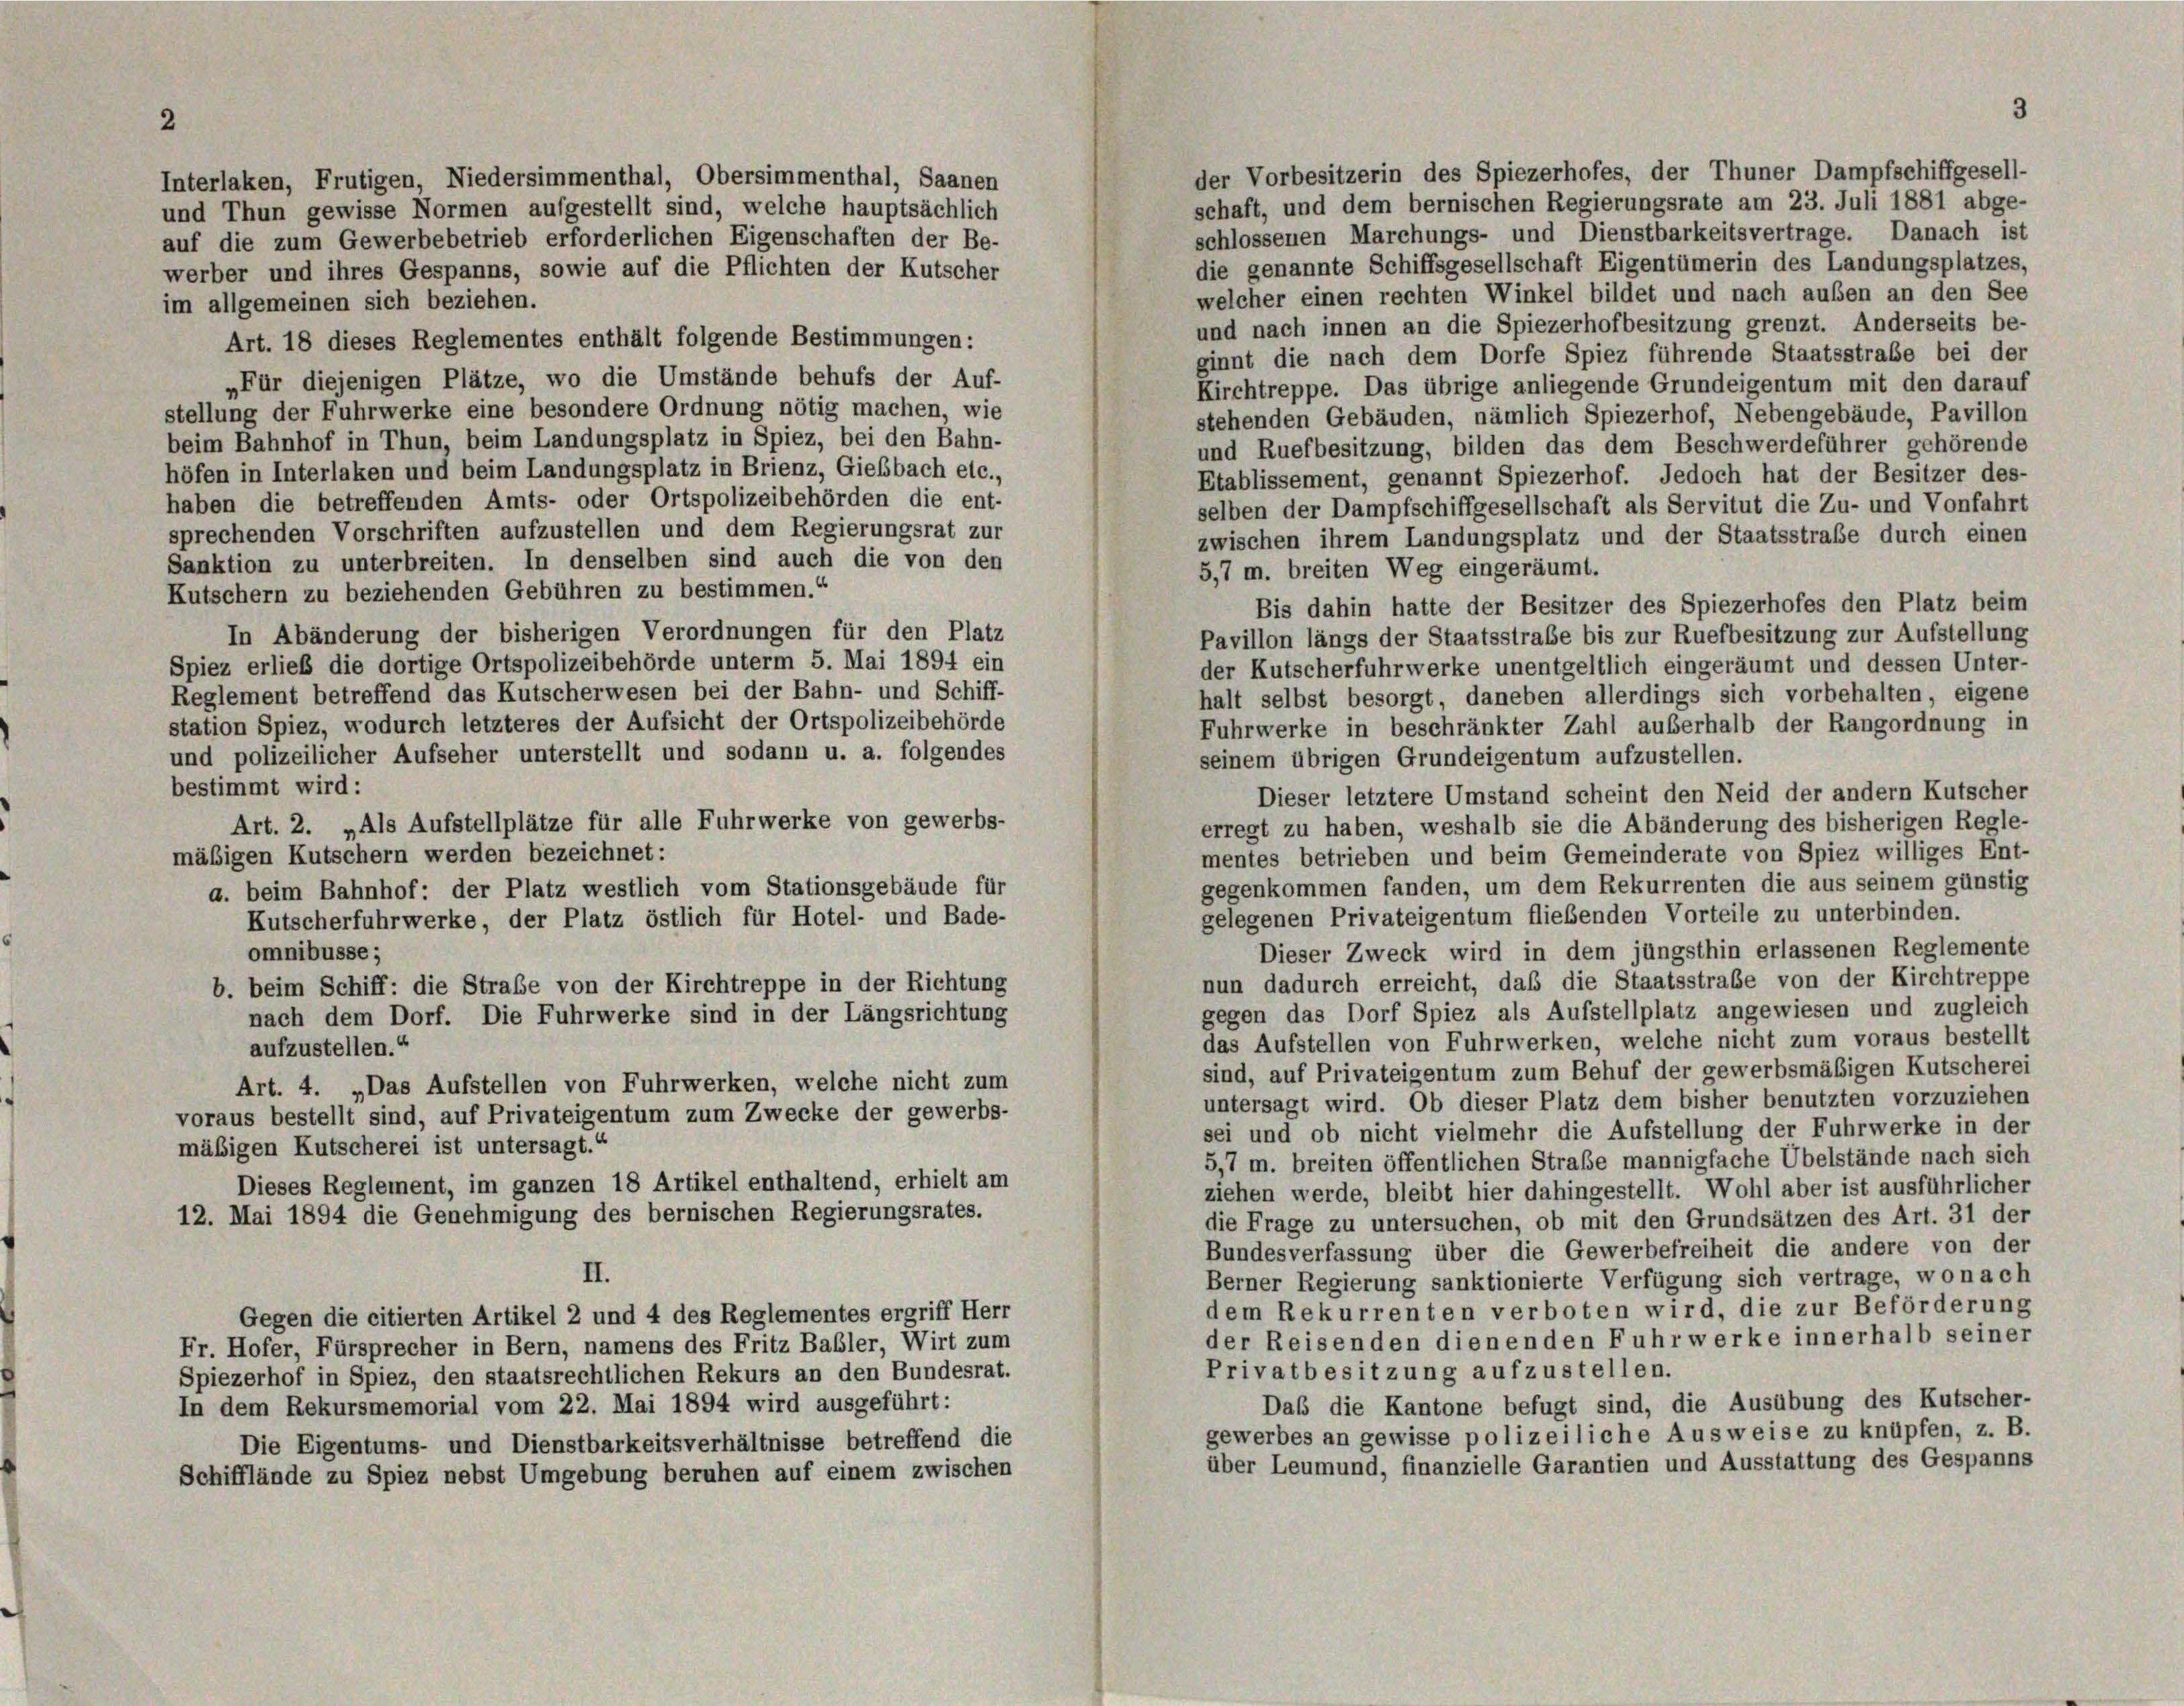
Interlaken, Frutigen, Niedersimmenthal, Obersimmenthal, Saanen

2

der Vorbesitzerin des Spiezerhofes, der Thuner Dampfschiffgesell-
schaft, und dem bernischen Regierungsrate am 23. Juli 1881 abge-
und Thun gewisse Normen aufgestellt sind, welche hauptsächlich
schlossenen Marchungs- und Dienstbarkeitsvertrage. Danach ist
auf die zum Gewerbebetrieb erforderlichen Eigenschaften der Be-
die genannte Schiffsgesellschaft Eigentümerin des Landungsplatzes,
werber und ihres Gespanns, sowie auf die Pflichten der Kutscher
welcher einen rechten Winkel bildet und nach außen an den See
im allgemeinen sich beziehen.
und nach innen an die Spiezerhofbesitzung grenzt. Anderseits be-
Art. 18 dieses Reglementes enthält folgende Bestimmungen:
ginnt die nach dem Dorfe Spiez führende Staatsstrabe bei der
„Für diejenigen Plätze, wo die Umstände behufs der Auf-
Kirchtreppe. Das übrige anliegende Grundeigentum mit den darauf
stellung der Fuhrwerke eine besondere Ordnung nötig machen, wie
stehenden Gebäuden, nämlich Spiezerhof, Nebengebäude, Pavillon
beim Bahnhof in Thun, beim Landungsplatz in Spiez, bei den Bahn-
und Ruefbesitzung, bilden das dem Beschwerdeführer gehörende
höfen in Interlaken und beim Landungsplatz in Brienz, Giebbach etc.,
Etablissement, genannt Spiezerhof. Jedoch hat der Besitzer des-
haben die betreffenden Amts- oder Ortspolizeibehörden die ent-
selben der Dampfschiffgesellschaft als Servitut die Zu- und Vonfahrt
sprechenden Vorschriften aufzustellen und dem Regierungsrat zur
zwischen ihrem Landungsplatz und der Staatsstraße durch einen
Sanktion zu unterbreiten. In denselben sind auch die von den
5,7 m. breiten Weg eingeräumt.
Kutschern zu beziehenden Gebühren zu bestimmen.“
Bis dahin hatte der Besitzer des Spiezerhofes den Platz beim
In Abänderung der bisherigen Verordnungen für den Platz
Pavillon längs der Staatsstraße bis zur Ruefbesitzung zur Aufstellung
Spiez erlieb die dortige Ortspolizeibehörde unterm 5. Mai 1894 ein
der Kutscherfuhrwerke unentgeltlich eingeräumt und dessen Unter-
Reglement betreffend das Kutscherwesen bei der Bahn- und Schiff-
halt selbst besorgt, daneben allerdings sich vorbehalten, eigene
station Spiez, wodurch letzteres der Aufsicht der Ortspolizeibehörde
Fuhrwerke in beschränkter Zahl außerhalb der Rangordnung in
und polizeilicher Aufseher unterstellt und sodann u. a. folgendes
seinem übrigen Grundeigentum aufzustellen.
bestimmt wird:
Dieser letztere Umstand scheint den Neid der andern Kutscher
Art. 2. „Als Aufstellplätze für alle Fuhrwerke von gewerbs-
erregt zu haben, weshalb sie die Abänderung des bisherigen Regle-
mäßigen Kutschern werden bezeichnet:
mentes betrieben und beim Gemeinderate von Spiez williges Ent-
gegenkommen fanden, um dem Rekurrenten die aus seinem günstig
a. beim Bahnhof: der Platz westlich vom Stationsgebäude für
gelegenen Privateigentum fließenden Vorteile zu unterbinden.
Kutscherfuhrwerke, der Platz östlich für Hotel- und Bade-
Dieser Zweck wird in dem jüngsthin erlassenen Reglemente
omnibusse;
nun dadurch erreicht, daß die Staatsstrabe von der Kirchtreppe
b. beim Schiff: die Straße von der Kirchtreppe in der Richtung
gegen das Dorf Spiez als Aufstellplatz angewiesen und zugleich
nach dem Dorf. Die Fuhrwerke sind in der Längsrichtung
das Aufstellen von Fuhrwerken, welche nicht zum voraus bestellt
aufzustellen.“
sind, auf Privateigentum zum Behuf der gewerbsmäßigen Kutscherei
Art. 4. „Das Aufstellen von Fuhrwerken, welche nicht zum
untersagt wird. Ob dieser Platz dem bisher benutzten vorzuziehen
voraus bestellt sind, auf Privateigentum zum Zwecke der gewerbs-
sei und ob nicht vielmehr die Aufstellung der Fuhrwerke in der
mäßigen Kutscherei ist untersagt.“
5,7 m. breiten öffentlichen Straße mannigfache Übelstände nach sich
Dieses Reglement, im ganzen 18 Artikel enthaltend, erhielt am
ziehen werde, bleibt hier dahingestellt. Wohl aber ist ausführlicher
12. Mai 1894 die Genehmigung des bernischen Regierungsrates.
die Frage zu untersuchen, ob mit den Grundsätzen des Art. 31 der
Bundesverfassung über die Gewerbefreiheit die andere von der
II.
Berner Regierung sanktionierte Verfügung sich vertrage, wonach
dem Rekurrenten verboten wird, die zur Beförderung
Gegen die citierten Artikel 2 und 4 des Reglementes ergriff Herr
der Reisenden dienenden Fuhrwerke innerhalb seiner
Fr. Hofer, Fürsprecher in Bern, namens des Fritz Babler, Wirt zum
Privatbesitzung aufzustellen.
Spiezerhof in Spiez, den staatsrechtlichen Rekurs an den Bundesrat.
Daß die Kantone befugt sind, die Ausübung des Kutscher-
In dem Rekursmemorial vom 22. Mai 1894 wird ausgeführt:
gewerbes an gewisse polizeiliche Ausweise zu knüpfen, z. B.
Die Eigentums- und Dienstbarkeitsverhältnisse betreffend die
über Leumund, finanzielle Garantien und Ausstattung des Gespanns
Schifflände zu Spiez nebst Umgebung beruhen auf einem zwischen